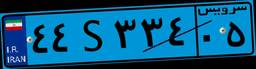
۴۴S۳۳۴۰۵